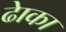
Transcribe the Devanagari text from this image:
ढाेका